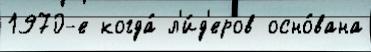
1970-е когда́ л'и́д'еров осно́вана